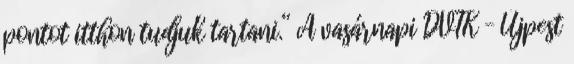
pontot itthon tudjuk tartani.” A vasárnapi DVTK – Újpest